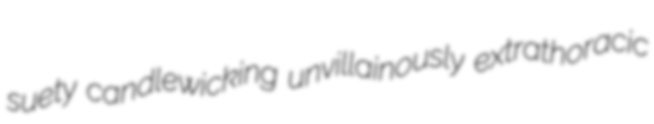
suety candlewicking unvillainously extrathoracic